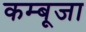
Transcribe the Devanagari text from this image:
कम्बूजा